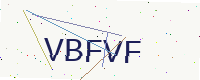
Text: VBFVF